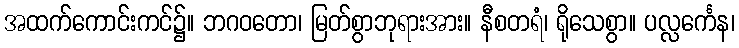
အထက်ကောင်းကင်၌။ ဘဂဝတော၊ မြတ်စွာဘုရားအား။ နီစတရံ၊ ရိုသေစွာ။ ပလ္လင်္ကေန၊